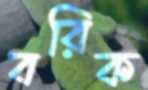
বরিক